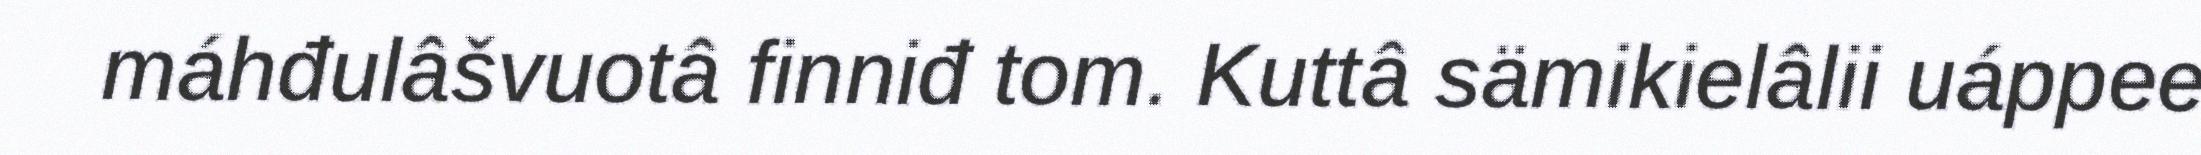
máhđulâšvuotâ finniđ tom. Kuttâ sämikielâlii uáppee